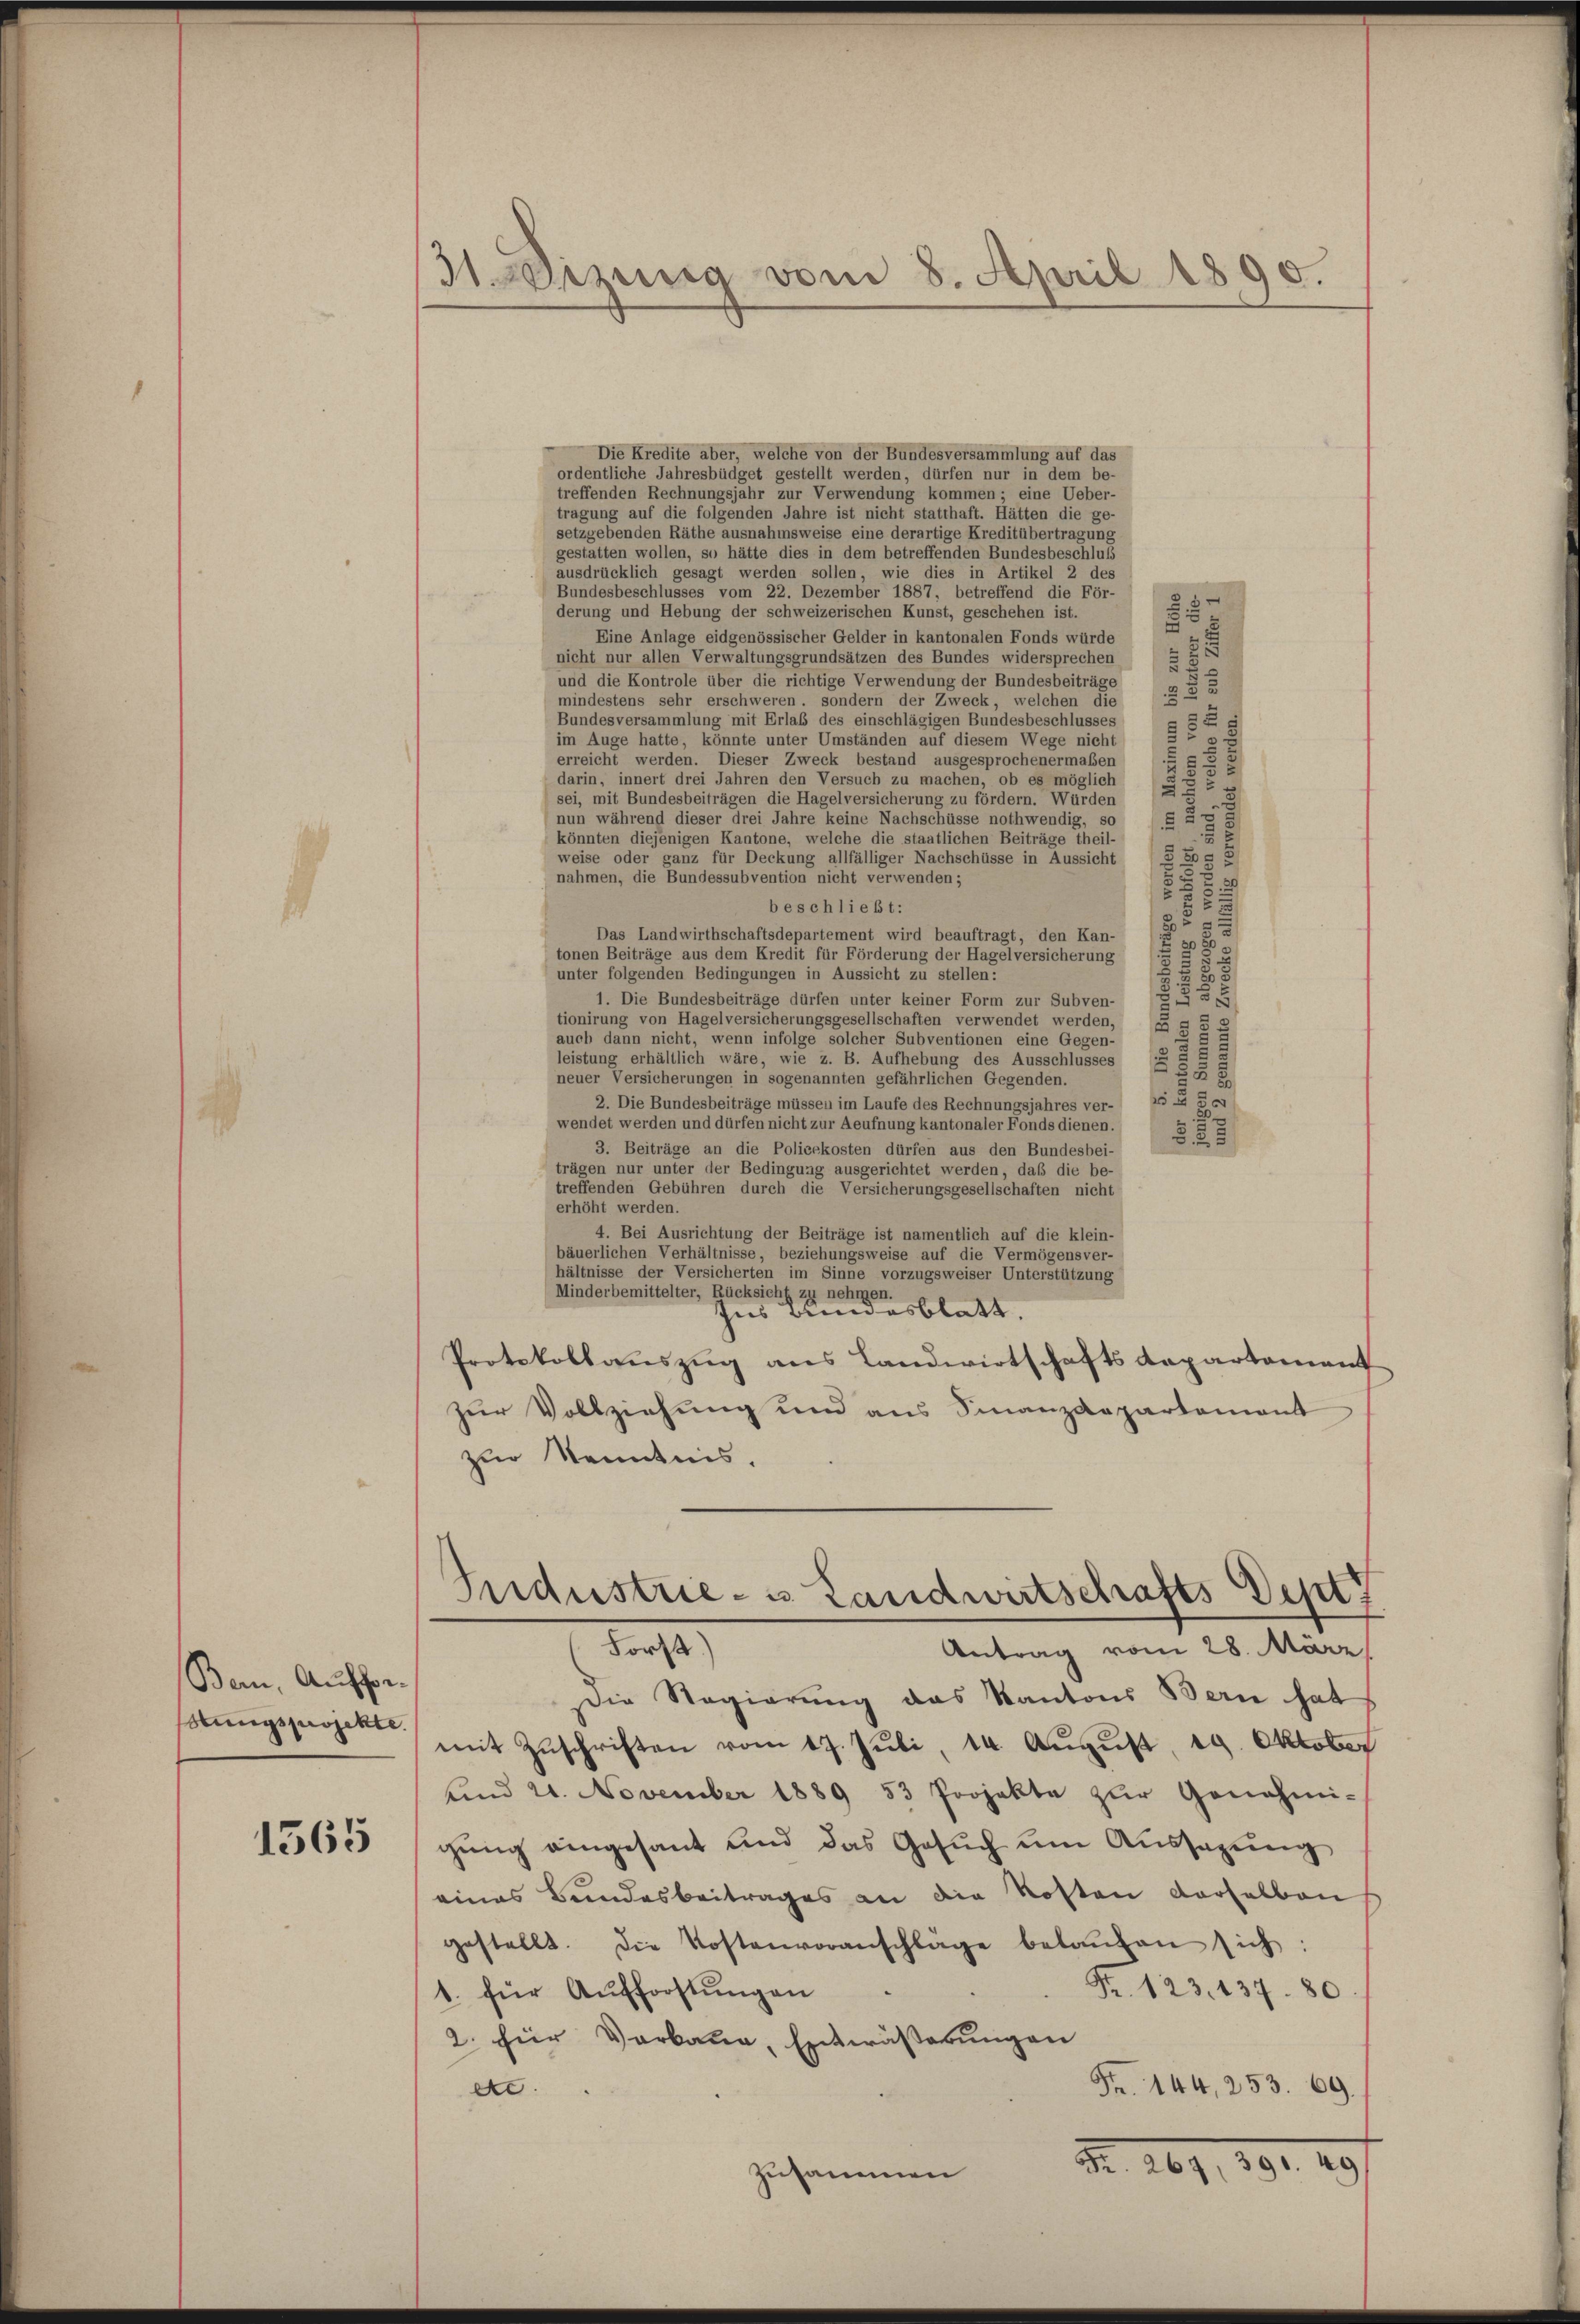
Bern, Aufforstungsprojekte.

1565

31. Lesung vom 8. April 1890.

Die Kredite aber, welche von der Bundesversammlung auf das
ordentliche Jahresbüdget gestellt werden, dürfen nur in dem be-
treffenden Rechnungsjahr zur Verwendung kommen; eine Ueber-
tragung auf die folgenden Jahre ist nicht statthaft. Hätten die ge-
setzgebenden Räthe ausnahmsweise eine derartige Kreditübertragung
gestatten wollen, so hätte dies in dem betreffenden Bundesbeschluß
ausdrücklich gesagt werden sollen, wie dies in Artikel 2 des
Bundesbeschlusses vom 22. Dezember 1887, betreffend die För-
5
derung und Hebung der schweizerischen Kunst, geschehen ist.
Eine Anlage eidgenössischer Gelder in kantonalen Fonds würde
5
nicht nur allen Verwaltungsgrundsätzen des Bundes widersprechen
und die Kontrole über die richtige Verwendung der Bundesbeiträge
2
mindestens sehr erschweren, sondern der Zweck, welchen die
Bundesversammlung mit Erlaß des einschlägigen Bundesbeschlusses
im Auge hatte, könnte unter Umständen auf diesem Wege nicht
52
erreicht werden. Dieser Zweck bestand ausgesprochenermaßen
15
darin, innert drei Jahren den Versuch zu machen, ob es möglich
2
25
sei, mit Bundesbeiträgen die Hagelversicherung zu fördern. Würden
nun während dieser drei Jahre keine Nachschüsse nothwendig, so
5
.
5
könnten diejenigen Kantone, welche die staatlichen Beiträge theil-
52
weise oder ganz für Deckung allfälliger Nachschüsse in Aussicht
38 x
nahmen, die Bundessubvention nicht verwenden;
5
beschließt:
u
Das Landwirthschaftsdepartement wird beauftragt, den Kan-
2
tonen Beiträge aus dem Kredit für Förderung der Hagelversicherung
unter folgenden Bedingungen in Aussicht zu stellen:
28
75
1. Die Bundesbeiträge dürfen unter keiner Form zur Subven-
tionirung von Hagelversicherungsgesellschaften verwendet werden,
55
auch dann nicht, wenn infolge solcher Subventionen eine Gegen-
leistung erhältlich wäre, wie z. B. Aufhebung des Ausschlusses
5
2
58
neuer Versicherungen in sogenannten gefährlichen Gegenden.
2 50
2. Die Bundesbeiträge müssen im Laufe des Rechnungsjahres ver-
wendet werden und dürfen nicht zur Aeufnung kantonaler Fonds dienen.
§25
3. Beiträge an die Policekosten dürfen aus den Bundesbei-
trägen nur unter der Bedingung ausgerichtet werden, daß die be-
treffenden Gebühren durch die Versicherungsgesellschaften nicht
erhöht werden.
4. Bei Ausrichtung der Beiträge ist namentlich auf die klein-
bäuerlichen Verhältnisse, beziehungsweise auf die Vermögensver-
hältnisse der Versicherten im Sinne vorzugsweiser Unterstützung
Minderbemittelter, Rücksicht zu nehmen.
Ins Bundesblatt.
Protokollauszug aus Landwirtschafts Repartement
zur Vollziehung und aus Finanzdepartement
zur Kenntnis.
Industrie-is Landwirtschafts Seht f
Forst.)
Antrag vom 28. März
Die Regierung das Kantons Bern hat
mit Zŭschriften vom 17. Jŭli, 14. Aŭgŭst 19. Oktober
und 21. November 1889 53 Projekte zur Genehmi-
gŭng eingetant und das Gesŭch um Aussagung
eines Bundesbeitrages an die Kosten derselben
gestellt. Die Kostenvoranschläge belaŭfen sich:
Fr. 123. 137 80
1. für Aufforstungen
2. für Verkann, Entwässerungen
Fr. 144, 253. 69.
ec.
Fr. 267, 390. 49
Zusammen